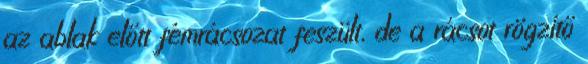
az ablak előtt fémrácsozat feszült, de a rácsot rögzítő